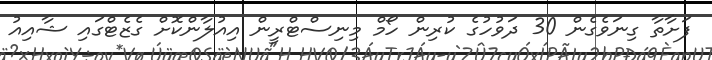
ފަށާތާ ގިނަވެގެން 30 ދަވުހުގެ ކުރިން ހޯމް މިނިސްޓްރީން އިއުލާންކޮށް ގެޒެޓްގައި ޝާއިއު